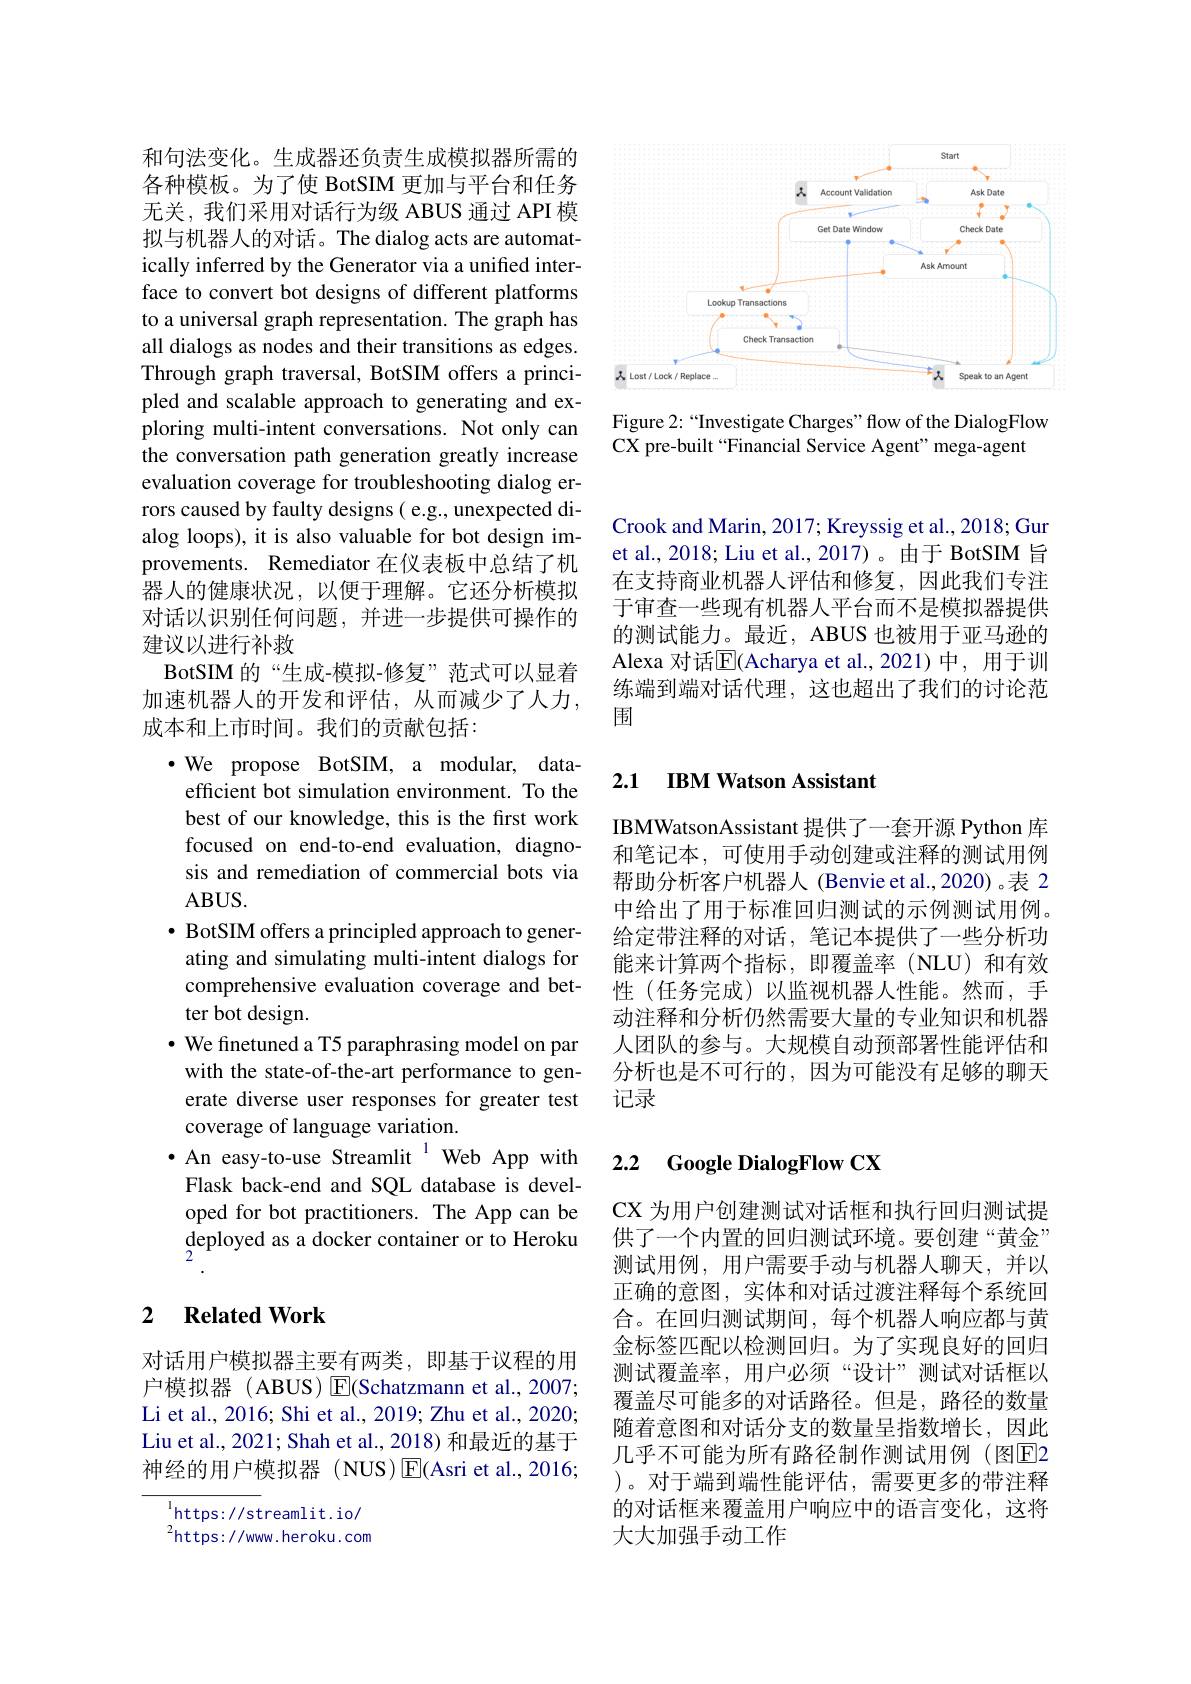
<FigureHere>

Figure 2:“Investigate Charges”flow of the DialogFlow
CX pre-built “Financial Service Agent’mega-agent

和句法变化。生成器还负责生成模拟器所需的各种模板。为了使 BotSIM 更加与平台和任务无关，我们采用对话行为级 ABUS 通过 API 模拟与机器人的对话。The dialog acts are automatically inferred by the Generator via a unified interface to convert bot designs of different platforms to a universal graph representation. The graph has all dialogs as nodes and their transitions as edges. Through graph traversal, BotSIM offers a principled and scalable approach to generating and exploring multi-intent conversations. Not only can the conversation path generation greatly increase evaluation coverage for troubleshooting dialog errors caused by faulty designs( e.g., unexpected dialog loops), it is also valuable for bot design improvements. Remediator 在仪表板中总结了机器人的健康状况，以便于理解。它还分析模拟对话以识别任何问题，并进一步提供可操作的建议以进行补救
BotSIM 的“生成-模拟-修复”范式可以显着加速机器人的开发和评估，从而减少了人力， 成本和上市时间。我们的贡献包括：
$\bullet$ We propose BotSIM, a modular, dataefficient bot simulation environment. To the best of our knowledge, this is the frst work focused on end-to-end evaluation, diagnosis and remediation of commercial bots via ABUS.
$\bullet$ BotSIM offers a principled approach to generating and simulating multi-intent dialogs for comprehensive evaluation coverage and better bot design.
$\bullet$ We finetuned a T5 paraphrasing model on par with the state-of-the-art performance to generate diverse user responses for greater test coverage of language variation.
·An easy-to-use Streamlit$^{1}$Web App with
Flask back-end and SQL database is developed for bot practitioners. The App can be deployed as a docker container or to Heroku

### 2 $\textbf{Related Work}$

对话用户模拟器主要有两类，即基于议程的用户模拟器 ( ABUS) E(Schatzmann et al., 2007; Li et al., 2016; Shi et al., 2019; Zhu et al., 2020; Liu et al., 2021; Shah et al., 2018) 和最近的基于神经的用户模拟器(NUS)$\operatorname{E}$(Asri et al.,2016;

https: / / streamlit. io/ $^{2}$https://www.heroku.com

Crook and Marin, 2017; Kreyssig et al., 2018; Gur et al., 2018; Liu et al., 2017)。由于 BotSIM 旨在支持商业机器人评估和修复，因此我们专注于审查一些现有机器人平台而不是模拟器提供的测试能力。最近，ABUS 也被用于亚马逊的Alexa 对话$\overline{\mathrm{E}}$(Acharya et al.,2021)中，用于训练端到端对话代理，这也超出了我们的讨论范围

## 2.1 IBM Watson Assistant

IBMWatsonAssistant 提供了一套开源 Python 库和笔记本，可使用手动创建或注释的测试用例帮助分析客户机器人(Benvie et al.,2020)。表 2中给出了用于标准回归测试的示例测试用例。给定带注释的对话，笔记本提供了一些分析功能来计算两个指标，即覆盖率(NLU)和有效性(任务完成)以监视机器人性能。然而，手动注释和分析仍然需要大量的专业知识和机器人团队的参与。大规模自动预部署性能评估和分析也是不可行的，因为可能没有足够的聊天记录

### 2.2 Google DialogFlow CX

CX 为用户创建测试对话框和执行回归测试提供了一个内置的回归测试环境。要创建“黄金” 测试用例，用户需要手动与机器人聊天，并以正确的意图，实体和对话过渡注释每个系统回合。在回归测试期间，每个机器人响应都与黄金标签匹配以检测回归。为了实现良好的回归测试覆盖率，用户必须“设计”测试对话框以覆盖尽可能多的对话路径。但是，路径的数量随着意图和对话分支的数量呈指数增长，因此几乎不可能为所有路径制作测试用例(图E2 )。对于端到端性能评估，需要更多的带注释的对话框来覆盖用户响应中的语言变化，这将大大加强手动工作